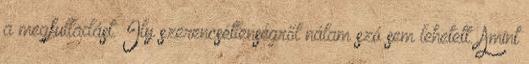
a megfulladást. Ily szerencsétlenségről nálam szó sem lehetett. Amint